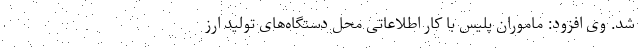
شد. وی افزود: ماموران پلیس با کار اطلاعاتی محل دستگاه‌های تولید ارز